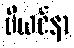
ဗီယင်နာ